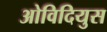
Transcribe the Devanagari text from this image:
ओविदियुस